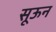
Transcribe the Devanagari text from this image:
सूऊन